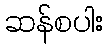
ဆန်စပါး